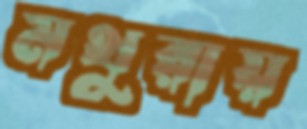
মথুরায়